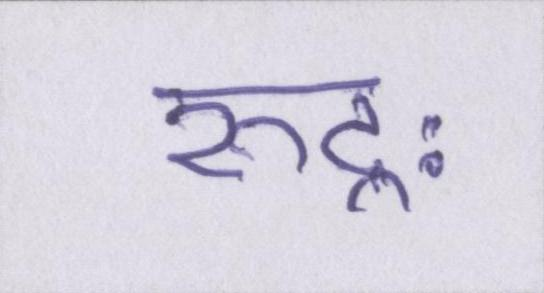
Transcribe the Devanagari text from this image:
रुद्रः